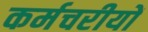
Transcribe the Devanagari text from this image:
कर्मचरीयों